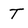
Character: T